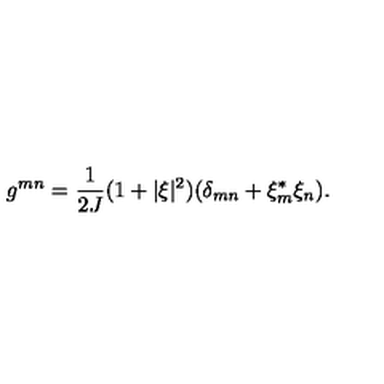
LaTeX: g ^ { m n } = \frac { 1 } { 2 J } ( 1 + \vert \xi \vert ^ { 2 } ) ( \delta _ { m n } + \xi _ { m } ^ { * } \xi _ { n } ) .